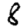
Digit: 8